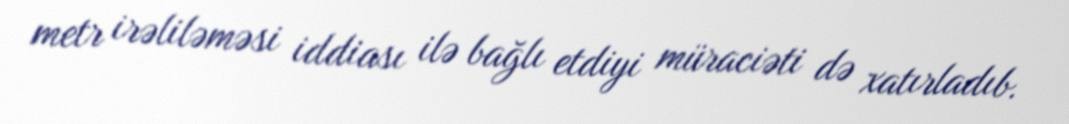
metr irəliləməsi iddiası ilə bağlı etdiyi müraciəti də xatırladıb.